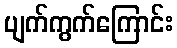
ပျက်ကွက်ကြောင်း